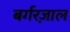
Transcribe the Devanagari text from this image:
बर्गरज़ाल